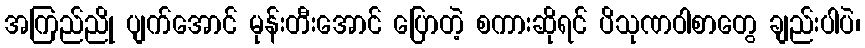
အကြည်ညို ပျက်အောင် မုန်းတီးအောင် ပြောတဲ့ စကားဆိုရင် ပိသုဏဝါစာတွေ ချည်းပါပဲ၊